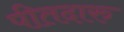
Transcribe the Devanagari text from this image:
पीतदारु